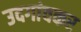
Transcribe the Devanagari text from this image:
उदगांवकर